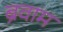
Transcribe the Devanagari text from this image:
ब्रवाम